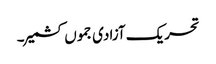
تحریک آزادی جموں کشمیر ۔